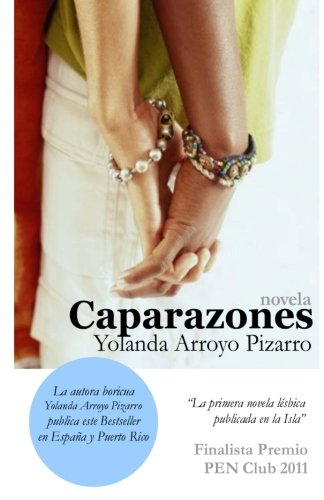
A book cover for Caparazones; Yolanda Arroyo Pizarro; Romance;